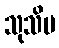
သုသိမ